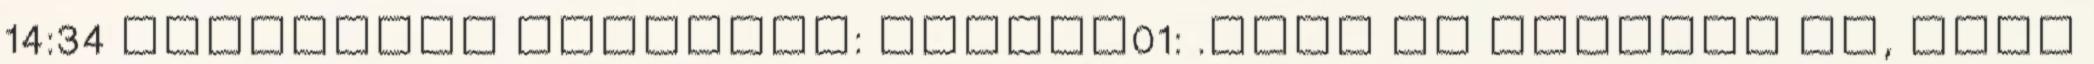
14:34 Szemétség nyuszmam: pettra01: .csak ne kiabald el, hogy